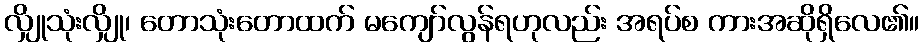
လျှိုသုံးလျှို၊ တောသုံးတောထက် မကျော်လွန်ရဟုလည်း အရပ်စ ကားအဆိုရှိလေ၏။